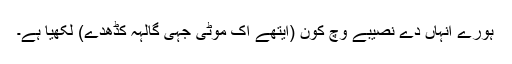
ہورے انہاں دے نصیبے وچ کون (ایتھے اک موٹی جہی گالہہ کڈھدے) لکھیا ہے۔